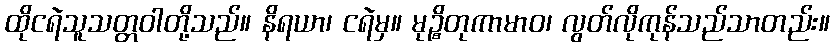
ထိုငရဲသူသတ္တဝါတို့သည်။ နိရယာ၊ ငရဲမှ။ မုဉ္စိတုကာမာဝ၊ လွတ်လိုကုန်သည်သာတည်း။